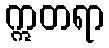
ဣတရာ